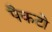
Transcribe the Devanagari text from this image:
पैकटो